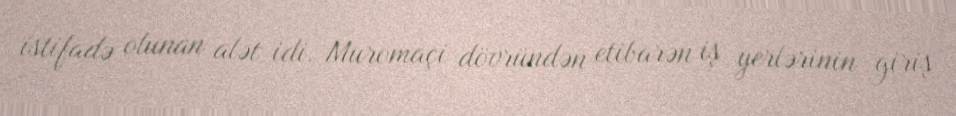
istifadə olunan alət idi. Muromaçi dövründən etibarən iş yerlərinin giriş